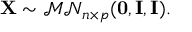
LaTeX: \mathbf { X } \sim { \mathcal { M N } } _ { n \times p } ( \mathbf { 0 } , \mathbf { I } , \mathbf { I } ) .